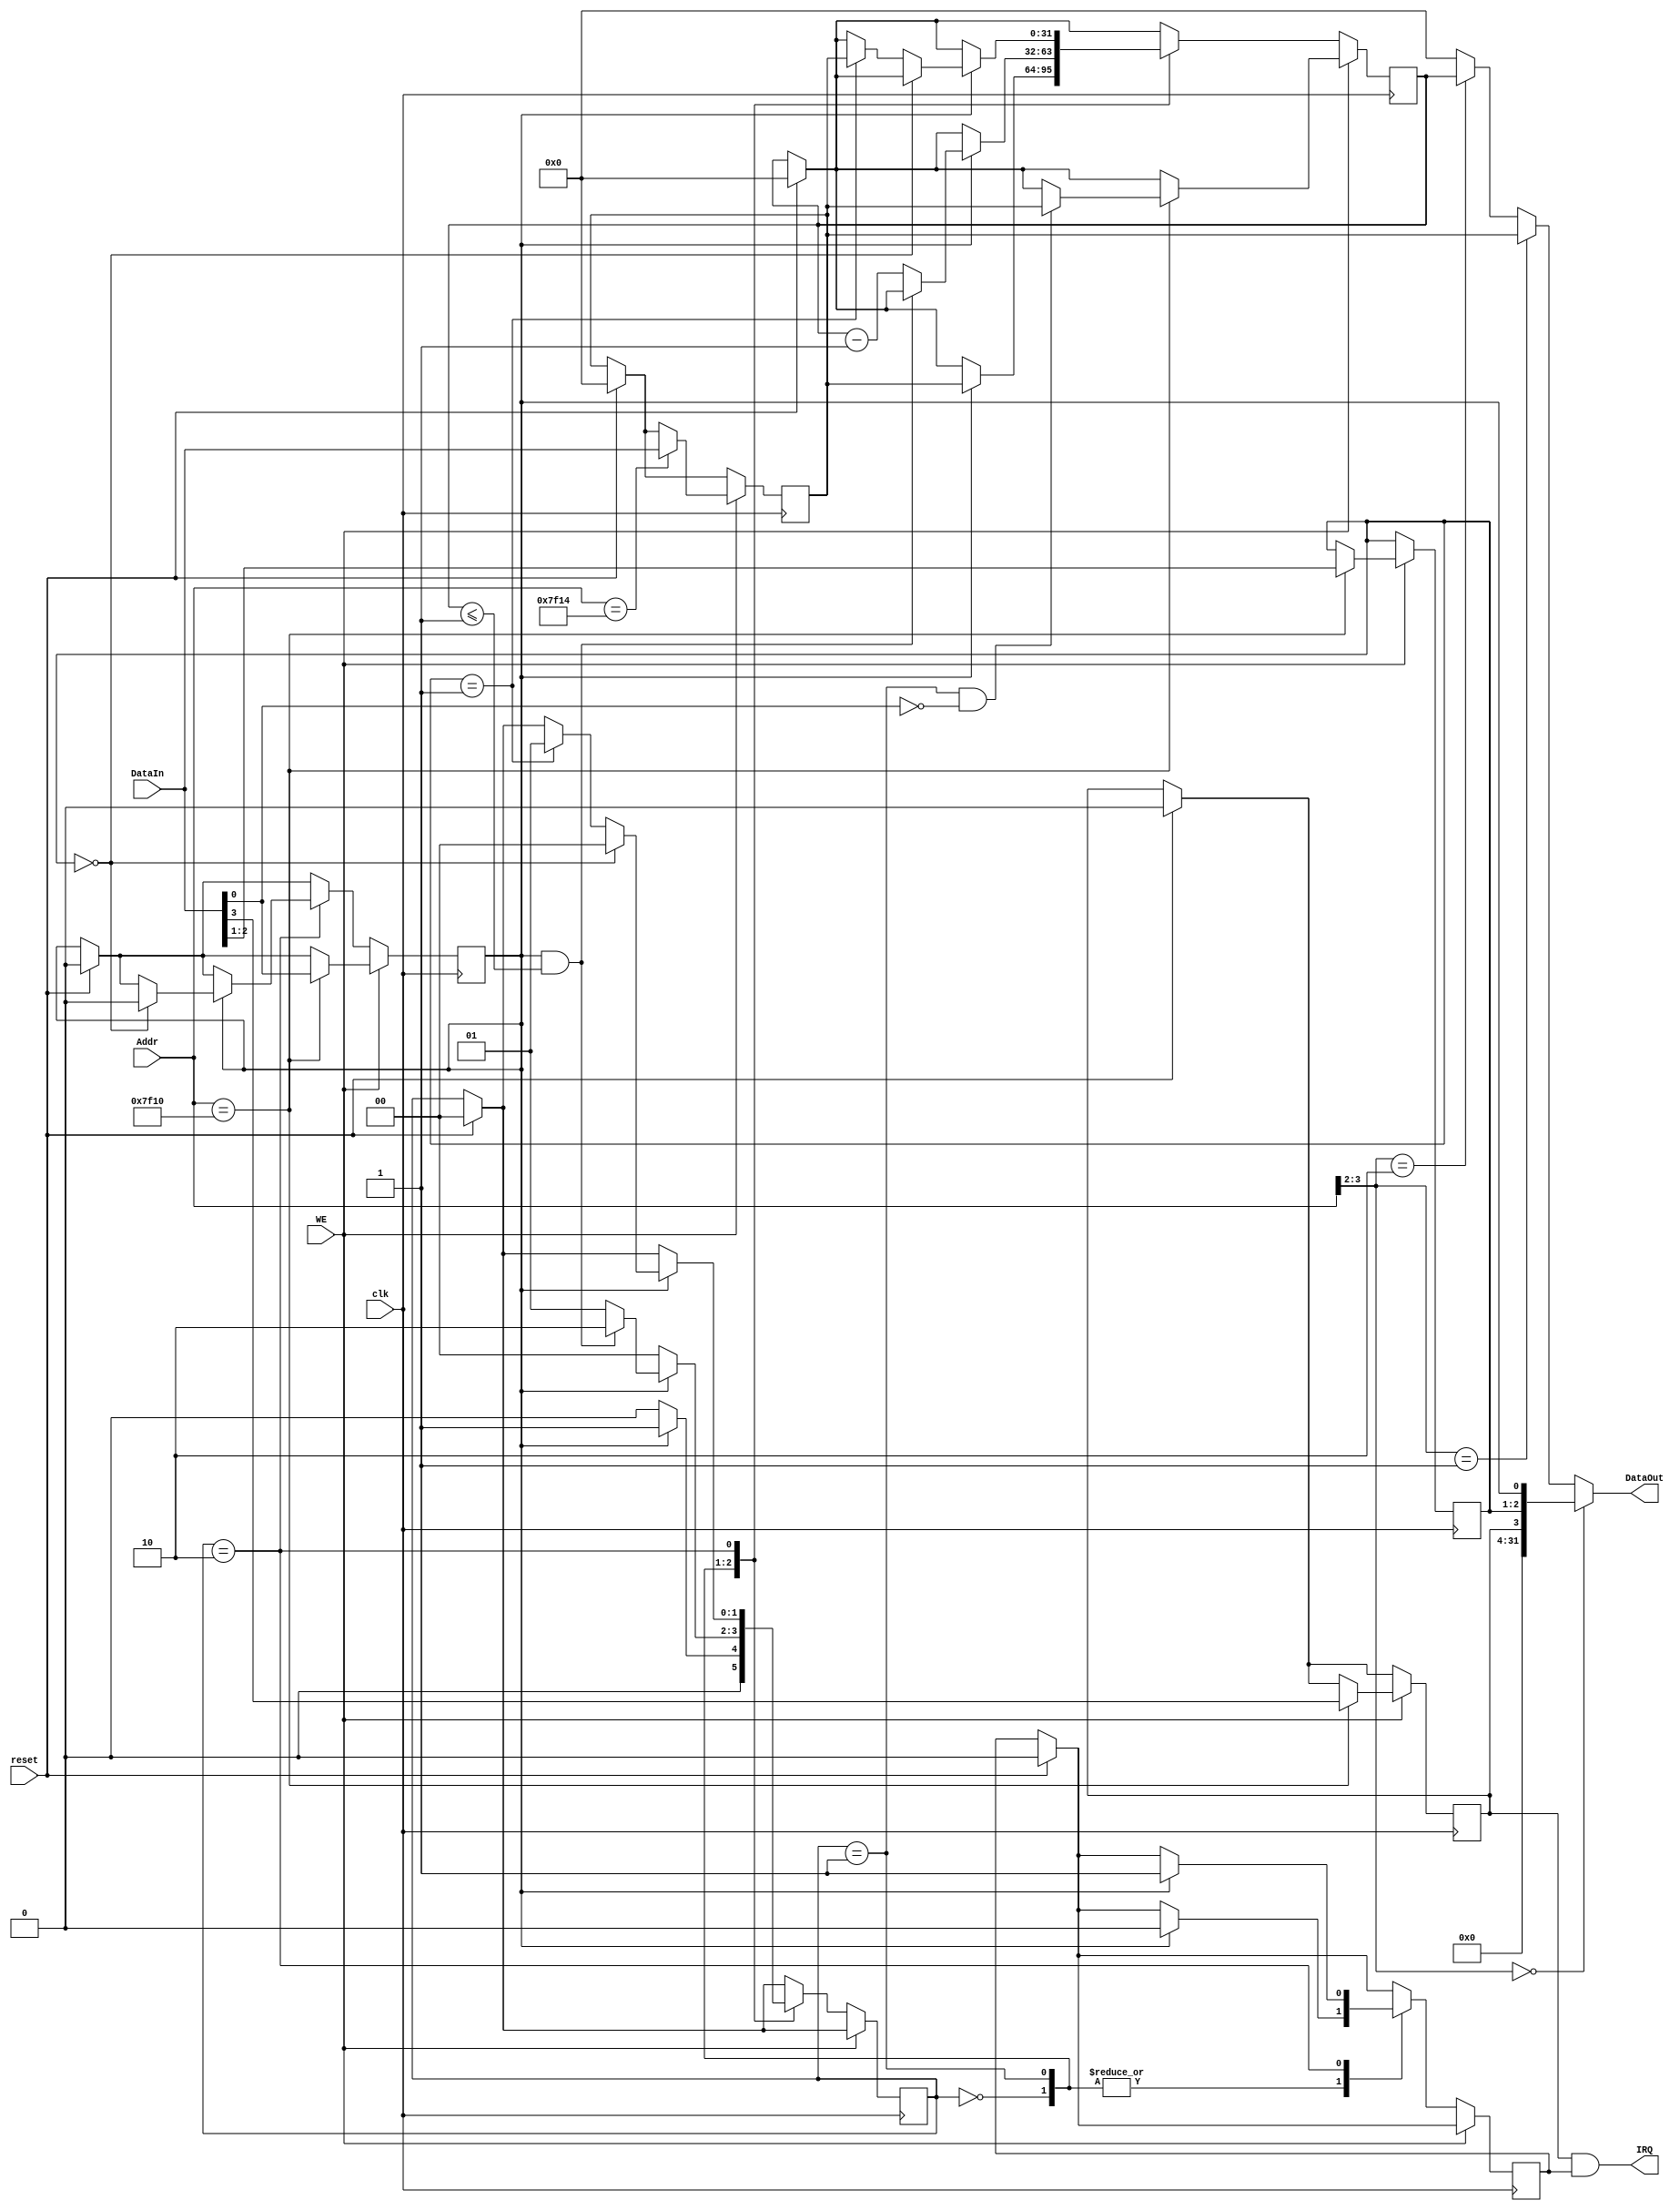
`timescale 1ns / 1ps
//////////////////////////////////////////////////////////////////////////////////
// Company: 
// Engineer: 
// 
// Design Name: 
// Module Name:    DEV1 
// Project Name: 
// Target Devices: 
// Tool versions: 
// Description: 
//
// Dependencies: 
//
// Revision: 
// Revision 0.01 - File Created
// Additional Comments: 
//
//////////////////////////////////////////////////////////////////////////////////
module DEV1(
    input clk,
    input reset,
    input [31:0] Addr,
    input WE,
    input [31:0] DataIn,
    output [31:0] DataOut,
    output IRQ
    );

	`define Idle 2'b00 
	`define Counting 2'b01 
	`define Interrupt 2'b10
	
	reg[1:0] state;
	reg[31:0] PRESET;
	reg[31:0] COUNT;
	reg[2:1] Mode;
	reg IM;
	reg Enable;
	reg irq;
	
	assign IRQ = IM && irq;
	
	assign DataOut = (Addr[3:2]==2'b00) ? {28'b0,IM,Mode,Enable} :
						  (Addr[3:2]==2'b01) ? PRESET :
						  (Addr[3:2]==2'b10) ? COUNT : 0;
	
	always@(posedge clk) begin
		if(reset) begin
			PRESET<=0;
			COUNT<=0;
			state<=`Idle;
			IM<=0;
			Enable<=0;
			irq<=0;
		end
		if(WE) begin
			case(Addr) 
				32'h0000_7f10: begin //ctrl
					{IM,Mode,Enable} <= DataIn[3:0];
					// store  0 
					if(state == `Counting && DataIn[0]==1'b0) begin
						COUNT<=PRESET;
					end
				end
				32'h0000_7f14: begin
					PRESET<=DataIn;
				end
				32'h0000_7f18: begin
					
				end
				default: begin
				
				end
			endcase
		end
		else begin
			case(state) 
				`Idle: begin
					if(Enable==1'b1) begin
						state<=`Counting;
						COUNT<=PRESET;
						irq<=0;
					end
					else begin
						state<=`Idle;
					end
				end
				
				`Counting: begin
					if(Enable==1'b0) begin
						state<=`Idle;
					end
					else if(Enable==1'b1&&COUNT<=1) begin
						state<=`Interrupt;
						irq<=0;
					end
					else if(Enable==1'b1) begin
						state<=`Counting;
						COUNT<=COUNT-1;
						irq<=0;
					end
				end
				
				`Interrupt: begin
					if(Enable==1'b1) begin
						irq<=1;
						if(Mode==2'b00) begin
							Enable<=0;
							state<=`Idle;
						end
						else if(Mode==2'b01) begin
							state<=`Counting;
							COUNT<=PRESET;
						end
					end
				end
			endcase
		end
	end
endmodule